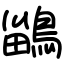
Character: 鶅